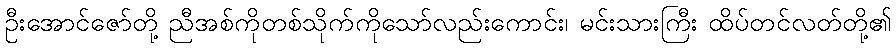
ဦးအောင်ဇော်တို့ ညီအစ်ကိုတစ်သိုက်ကိုသော်လည်းကောင်း၊ မင်းသားကြီး ထိပ်တင်လတ်တို့၏